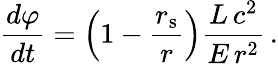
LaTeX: {\frac{d\varphi}{dt}}=\left(1-{\frac{r_{\mathrm{{s}}}}{r}}\right){\frac{L\, c^{2}}{E\, r^{2}}}\, .